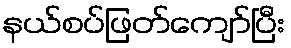
နယ်စပ်ဖြတ်ကျော်ပြီး